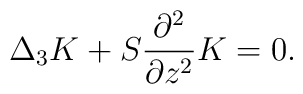
\Delta_3K+S\frac{\partial^2}{\partial z^2}K=0.